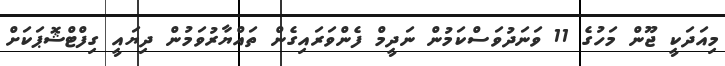
މިއަދަކީ ޖޫން މަހުގެ 11 ވަނަދުވަސްކަމުން ނަދީމް ފެންވަރައިގެން ތައްޔާރުވަމުން ދިޔައީ ގިފްޓްޝޮޕަކަށް